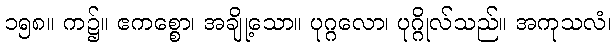
၁၅၈။ က၌။ ဧကစ္စော၊ အချို့သော။ ပုဂ္ဂလော၊ ပုဂ္ဂိုလ်သည်။ အကုသလံ၊